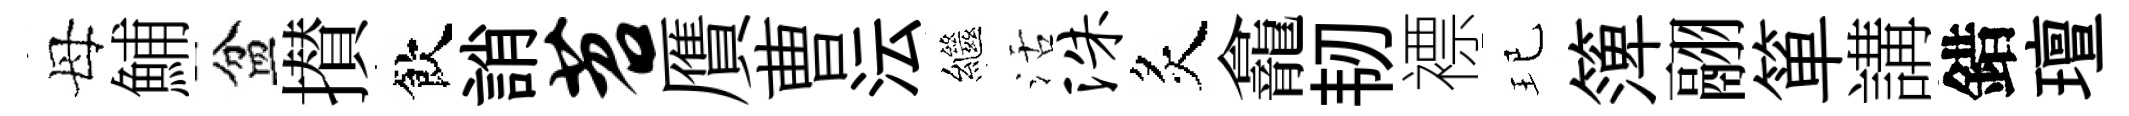
母鯆盆攅飲誚苕贋曹沄繼活洙炙龕韧褾玘𥱼翮箪講錯璮